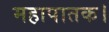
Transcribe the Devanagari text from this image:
महापातक।